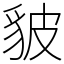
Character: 䝛